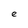
Character: e